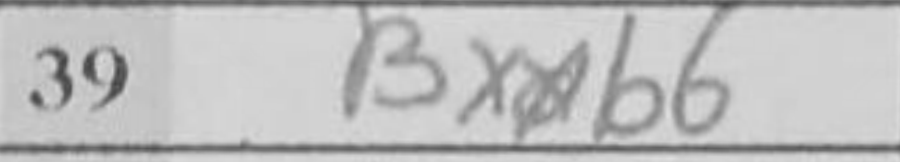
Transcription: Bxb6